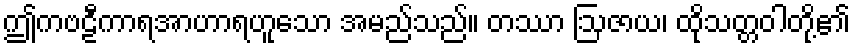
ဤကဗဠီကာရအာဟာရဟူသော အမည်သည်။ တဿာ ဩဇာယ၊ ထိုသတ္တဝါတို့၏